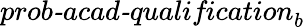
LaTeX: \textit{prob-acad-qualification}_{b}